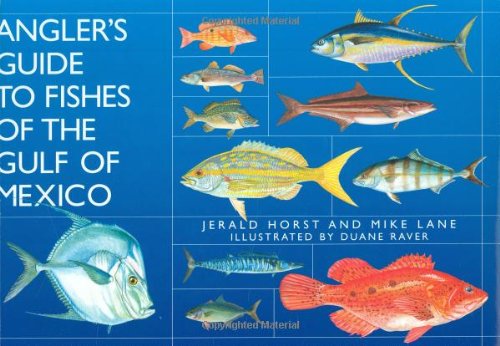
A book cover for Angler's Guide to Fishes of the Gulf of Mexico; Jerald Horst; Sports & Outdoors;